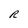
Character: R